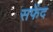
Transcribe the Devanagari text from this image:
सफेंद